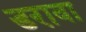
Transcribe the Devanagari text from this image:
डरावा